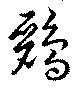
鸝